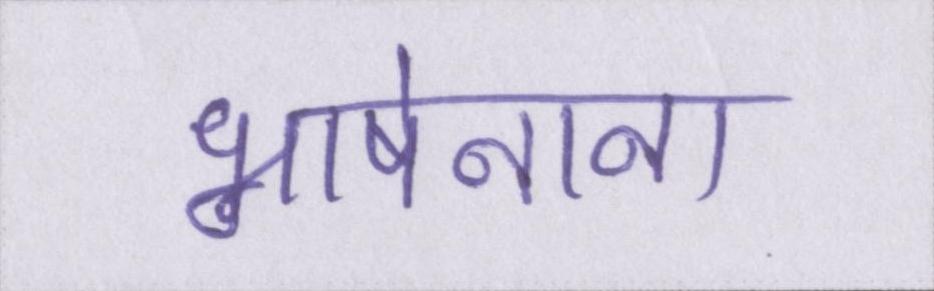
भाषेनाना